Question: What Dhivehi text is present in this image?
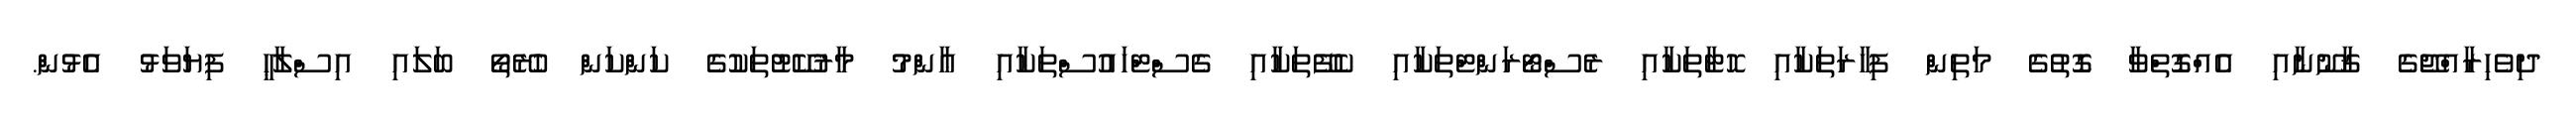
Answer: ދިވެހިރާއްޖޭގެ ޤާނޫނާއި އެއްގޮތްވާ ގޮތުގެ މަތިން ފިހާރަތަކާއި ހޮޓާތަކާއި ރެސްޓޯރަންޓްތަކާއި ކެފޭތަކާއި ގެސްޓްހައުސްތަކާއި ޢާންމު މާރުކޭޓުތަކުގެ ކަންކަން ހުރޭތޯ ބަލައި އިސްލާޙީ ފިޔަވަޅު އެޅުން.